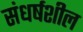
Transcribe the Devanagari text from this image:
संधर्षशील